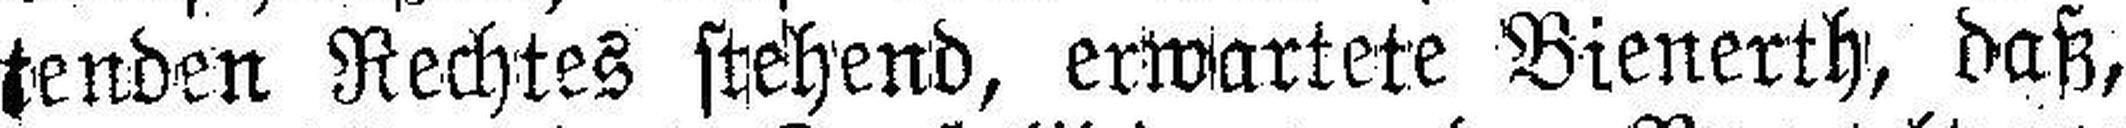
tenden Rechtes stehend, erwartete Bienerth, daß,